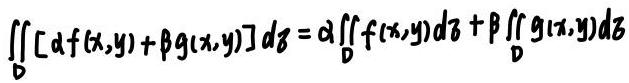
\[ \iint_{D} [\alpha f(x,y) + \beta g(x,y)] d\sigma = \alpha \iint_{D} f(x,y) d\sigma + \beta \iint_{D} g(x,y) d\sigma \]